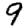
Digit: 9